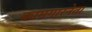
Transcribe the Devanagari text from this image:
कामगारनेता